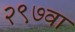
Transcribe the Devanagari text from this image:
२९७वा